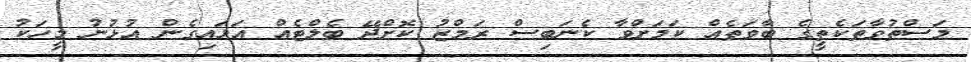
މަސްތުވާތަކެތީގެ ބާވަތެއް ކަމަށްވާ ކެނަބިސް ރަމްޒު ކޮށްދޭ ބެލްޓެއް އަޅައިގެން އުޅުނު މީހަކު